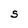
Character: S